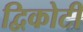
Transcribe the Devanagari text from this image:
द्विकोटी